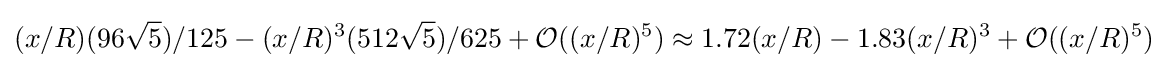
(x/R)(96{\sqrt {5}})/125-(x/R)^{3}(512{\sqrt {5}})/625+{\mathcal {O}}((x/R)^{5})\approx 1.72(x/R)-1.83(x/R)^{3}+{\mathcal {O}}((x/R)^{5})